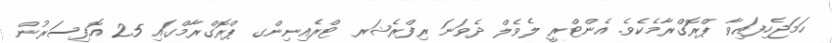
ހަމަޖެހިފައިވާ ޕްރޮގްރާމެކެވެ. އެންޓްރީ ލެވެލް ދެވަނަ ރިފްރެޝަރ ޓްރެއިނިންގ ޕްރޮގްރާމްގައި 25 އޮފިސަރުން